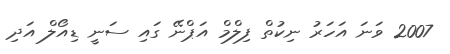
2007 ވަނަ އަހަރު ނިކުތް ފިލްމް އަޕްނޭ ގައި ސަނީ ޑިއޯލް އަދި